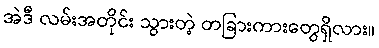
အဲဒီ လမ်းအတိုင်း သွားတဲ့ တခြားကားတွေရှိလား။